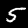
Digit: 5